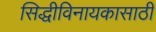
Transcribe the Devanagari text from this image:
सिद्धीविनायकासाठी